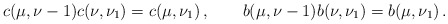
\begin{align*}c(\mu,\nu-1)c(\nu,\nu_1)=c(\mu,\nu_1)\,,\qquad b(\mu,\nu-1)b(\nu,\nu_1)=b(\mu,\nu_1)\,.\end{align*}